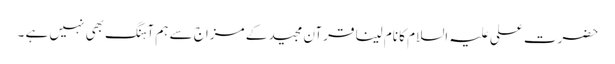
حضرت علی علیہ السلام کا نام لینا قرآن مجید کے مزاج سے ہم آہنگ بھی نہیں ہے ۔